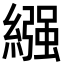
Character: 繦